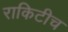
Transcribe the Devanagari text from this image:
राकिटीच